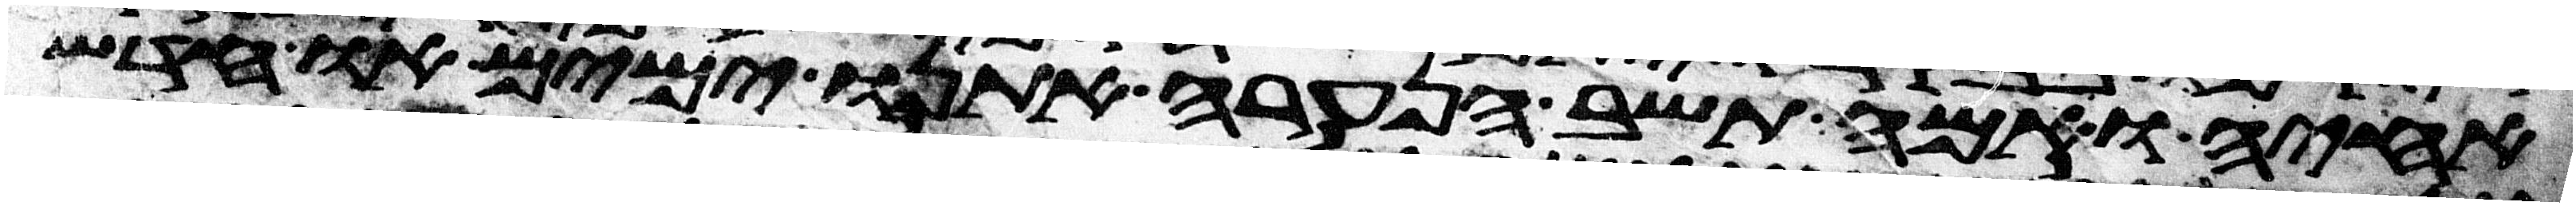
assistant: אחיה ואמה תשב הנערה אתנו ימים או חדש